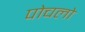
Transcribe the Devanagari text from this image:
पोचलो